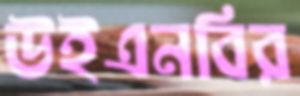
উইএনবির